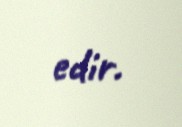
edir.